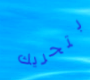
بتحريك